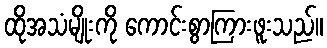
ထိုအသံမျိုးကို ကောင်းစွာကြားဖူးသည်။